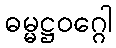
ဓမ္မဋ္ဌဝဂ္ဂေါ